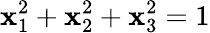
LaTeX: \mathbf{x}_{1}^{2}+\mathbf{x}_{2}^{2}+\mathbf{x}_{3}^{2}=1